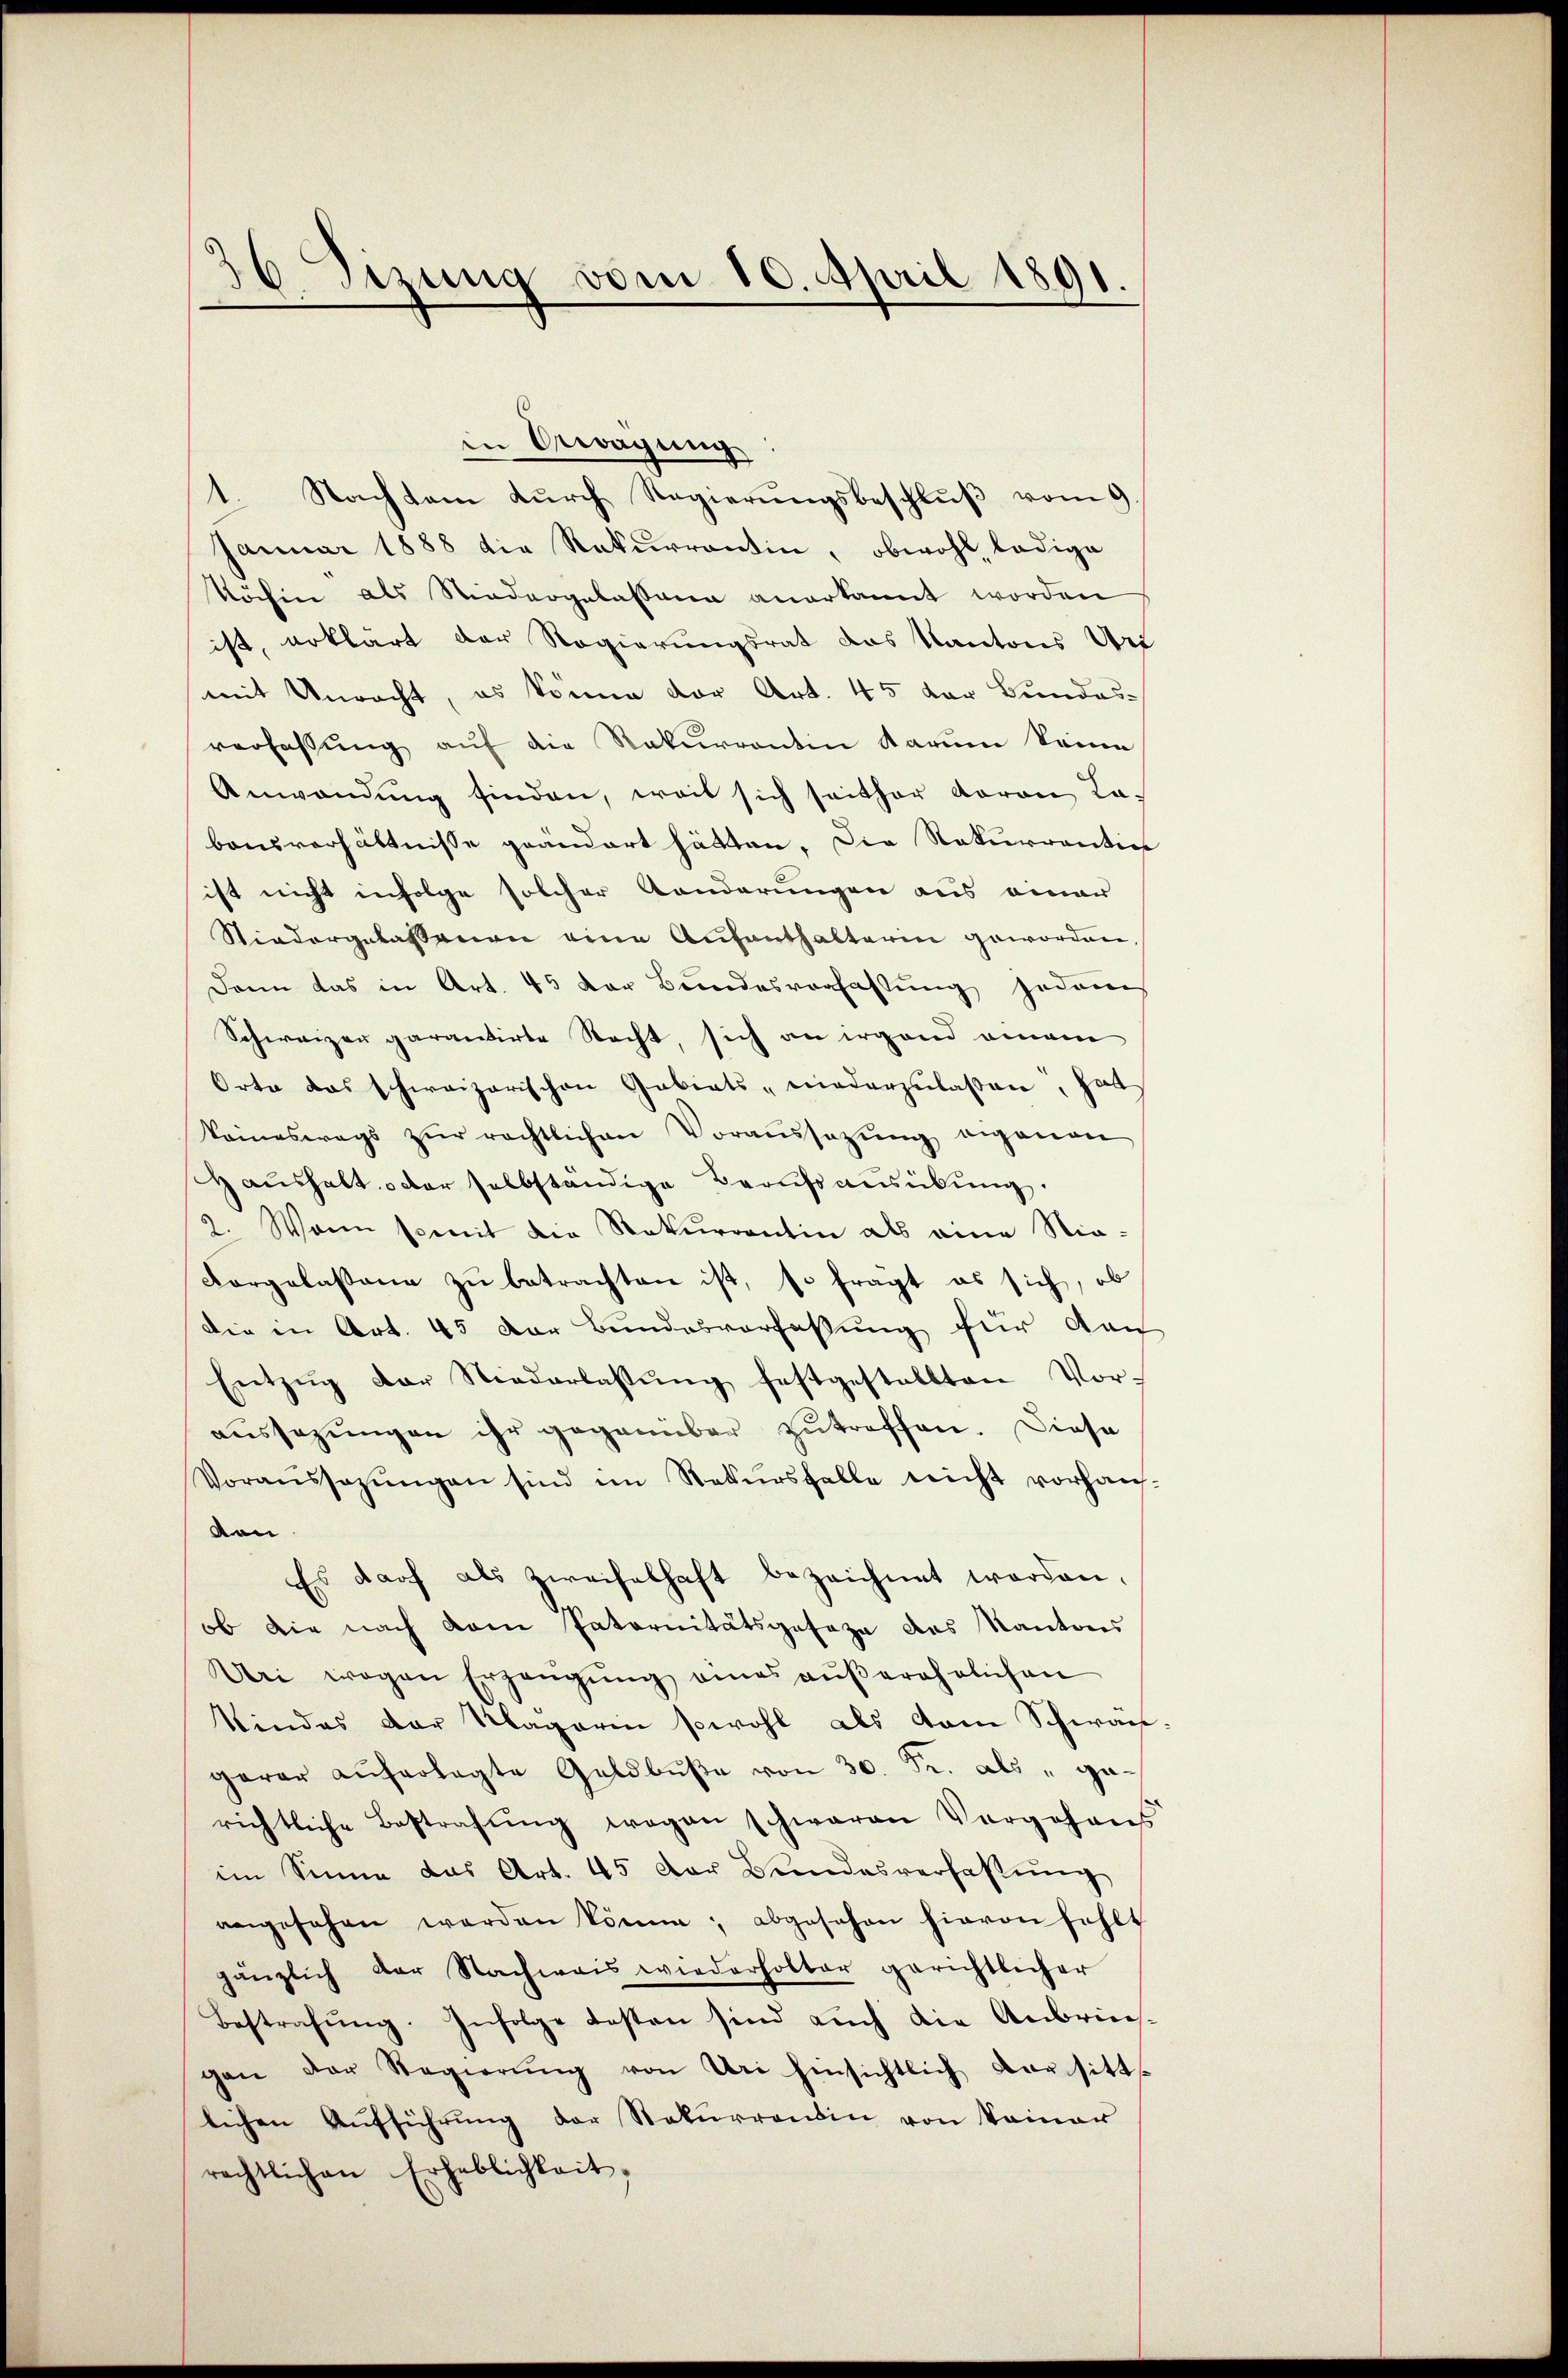
36 Sizung vom 10. April 1891.

in Bewegung
1. Nach kam durch Regierungsbeschluß vom 9
Januar 1888 die Rekurrentin, obwohl, ledige
Köchin als Niedergelassung anerkannt worden
ist, erklärt der Regierungsrat das Kantons Uri
mit Unracht, es könne vor Art. 45 der Bundes-
verfassŭng aŭf die Rekurrentin darum keine
Anwendung finden, weil sich seither davon Labausverhältnisse geändert hätten. Die Rekurrention
ist nicht infolge solcher Landerungen aus einau
Niedergelassenen eine Aŭfenthalterin geworden,
Dann das in Art. 45 der Bŭndesverfassŭng jedem
Schweizer garantirte Nacht, sich an irgend einem
Orte das schweizerischen Gebiets niederzulaßen, hat
keineswegs zŭr rechtlichen Voraussetzŭng eigenen
Haushalt oder selbständige Berufsausübung.
2. Wann somit die Rekurrentin als eine Nie¬
Corgelassene zŭ betrachten ist, so frägt es sich, ob
Die in Art. 45 der Bundesverfassung für Nach
Entzŭg der Niederlassŭng festgestellten Vor-
aussezungen ihr gegenüber zutreffen. Diese
Voraŭssazŭngen sind im Rekŭrsfalle nicht vorhan-
von
Es darf als Zweifelhaft bezeichnet worden.
ob die nach dem Paternitätsgesage das Kantons
Uri wegen Erzeŭgŭng eines aŭβerehelichen
Kindes der Magarin sowohl als vom Schwängerer auferlegte Geldbŭβe von 30. Fr. als " garichtliche Bestrafŭng wegen schwaren Vorgehens
im Sinne das Art. 45 der Bŭndesverfassŭng
angesehen werden könne, abgesehen hievon fehlt
gänzlich der Nachweis wiederholter gerichtlicher
Bestrafŭng. Infolge besten sind aŭch die Anbrich-
gan der Regierŭng von Uri hinsichtlich versitt
lichen Aŭfführŭng der Rekurrentin von keiner
rechtlichen Erheblichkeit,